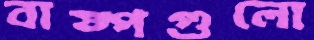
বাষ্পগুলো